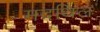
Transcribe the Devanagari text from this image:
मदथिल